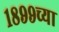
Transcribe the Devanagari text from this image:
१८९९च्या